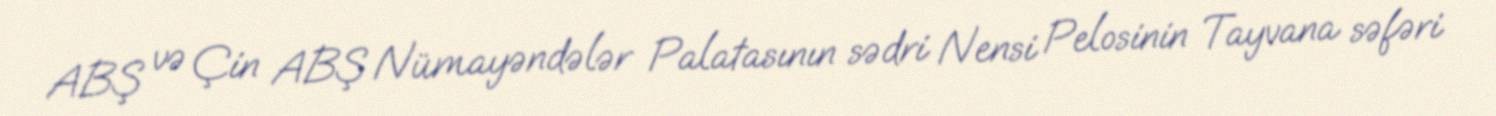
ABŞ və Çin ABŞ Nümayəndələr Palatasının sədri Nensi Pelosinin Tayvana səfəri